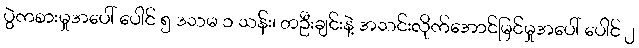
ပွဲကစားမှုအပေါ် ပေါင် ၅ ဒသမ ၁ သန်း၊ တဦးချင်းနဲ့ အသင်းလိုက်အောင်မြင်မှုအပေါ် ပေါင် ၂